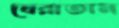
ঘেরাতাম